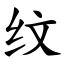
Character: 纹